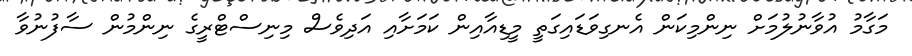
މަގާމު އުވާނުލުމަށް ނިންމިކަން އެނގިވަޑައިގަތީ މީޑިއާއިން ކަމަށާއި އަދިވެސް މިނިސްޓްރީގެ ނިންމުން ސާފުނުވާ